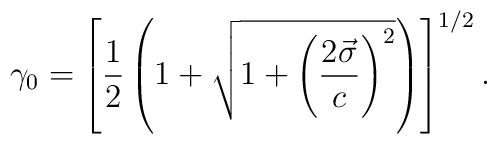
\gamma_0=\left[\frac{1}{2}\left(1+\sqrt{1+\left(\displaystyle\frac{2\vec\sigma}{c}\right)^2}\right)\right]^{1/2}.